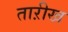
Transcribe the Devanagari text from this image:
ताऱीख